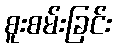
စူးစမ်းခြင်း